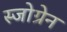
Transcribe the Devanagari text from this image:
स्जोग्रेन